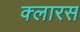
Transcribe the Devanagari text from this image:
क्लारस